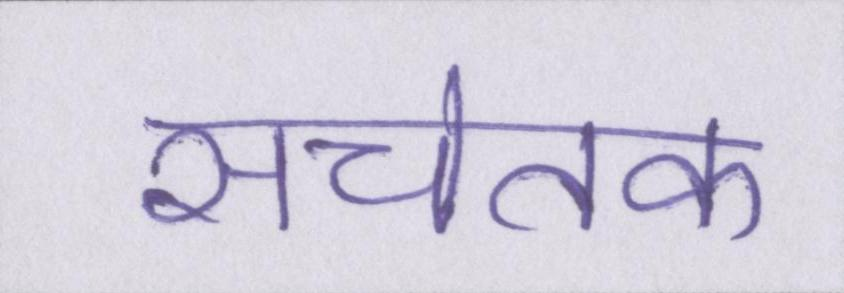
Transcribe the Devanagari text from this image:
सचेतक